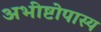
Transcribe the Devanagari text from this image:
अभीष्टोपास्य